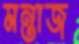
মন্তাজ